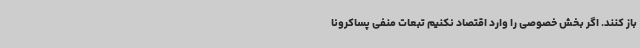
باز کنند. اگر بخش خصوصی را وارد اقتصاد نکنیم تبعات منفی پساکرونا